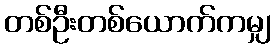
တစ်ဦးတစ်ယောက်ကမျှ